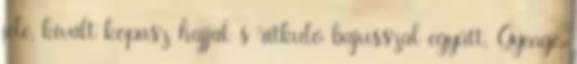
jele, kivált kopasz hajjal s ritkuló bajusszal együtt. Gyenge,